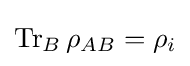
\operatorname {Tr} _{B}\rho _{AB}=\rho _{i}